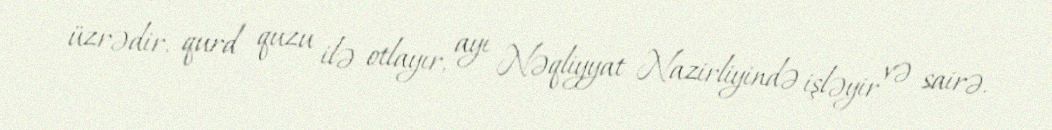
üzrədir, qurd quzu ilə otlayır, ayı Nəqliyyat Nazirliyində işləyir və sairə.